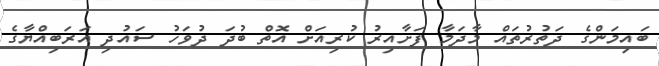
ބައިމަންގެ ދަތުރުތައް މާދަމާ ފަށާއިރު ކުރިއަށް އޮތް ބުދަ ދުވަހު ސައުދި އަރަބިއްޔާގެ